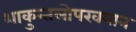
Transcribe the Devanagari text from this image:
शाकुन्तलोपखयान